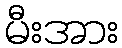
မီးအား